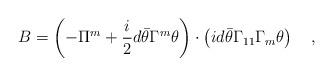
LaTeX: \begin{align*}B=\left( -\Pi ^m+\frac i2d\bar \theta \Gamma ^m\theta \right)\cdot \left( id\bar \theta \Gamma _{11}\Gamma _m\theta \right) \quad ,\end{align*}